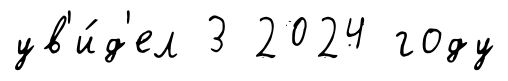
ув'и́д'ел 3 2024 году